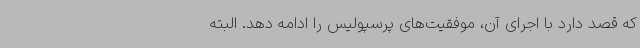
که قصد دارد با اجرای آن، موفقیت‌های پرسپولیس را ادامه دهد. البته